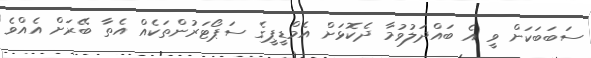
ސަބަބަކަށް ވީ އެ ބައްދަލުވުމާ ދެކޮޅަށް އެމްޑީޕީގެ ސަޕޯޓަރުންތަކެއް އެތާ ބޭރަށް އެއްވެ